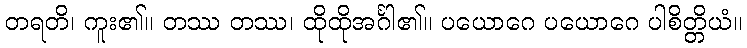
တရတိ၊ ကူး၏။ တဿ တဿ၊ ထိုထိုအင်္ဂါ၏။ ပယောဂေ ပယောဂေ ပါစိတ္တိယံ။